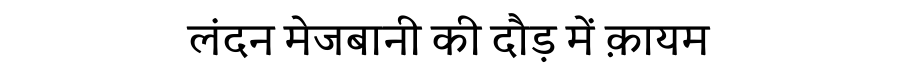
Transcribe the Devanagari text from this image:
लंदन मेजबानी की दौड़ में क़ायम